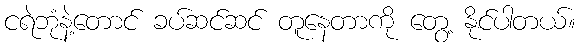
ငရဲဘုံနဲ့တောင် ခပ်ဆင်ဆင် တူနေတာကို တွေ့ နိုင်ပါတယ်။